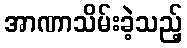
အာဏာသိမ်းခဲ့သည့်